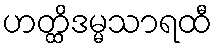
ဟတ္ထိဒမ္မသာရထီ